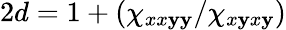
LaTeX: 2d=1+\left(\chi_{xx\mathbf{y}\mathbf{y}}/\chi_{x\mathbf{y}x\mathbf{y}}\right)